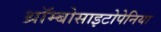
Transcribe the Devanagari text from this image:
थ्रॉम्बोसाइटोपेनिया